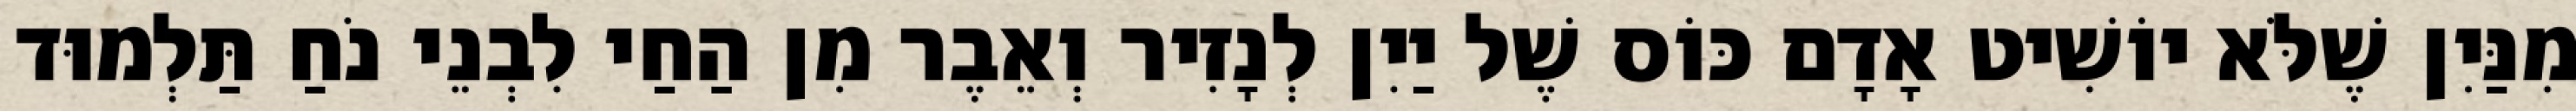
מִנַּיִן שֶׁלֹּא יוֹשִׁיט אָדָם כּוֹס שֶׁל יַיִן לְנָזִיר וְאֵבֶר מִן הַחַי לִבְנֵי נֹחַ תַּלְמוּד